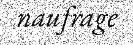
naufrage